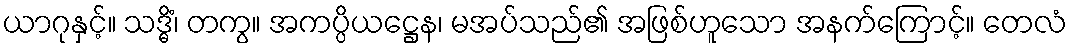
ယာဂုနှင့်။ သဒ္ဓိံ၊ တကွ။ အကပ္ပိယဋ္ဌေန၊ မအပ်သည်၏ အဖြစ်ဟူသော အနက်ကြောင့်။ တေလံ